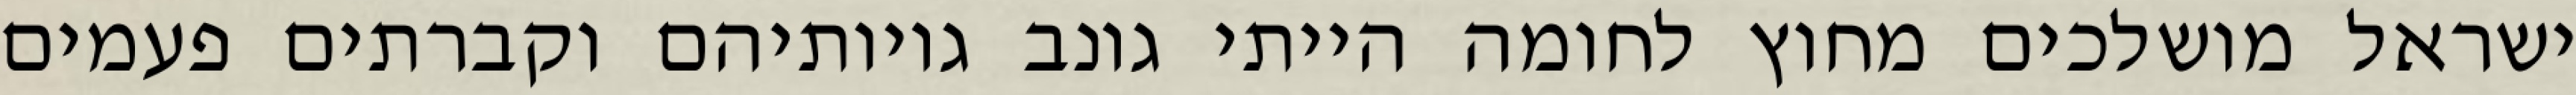
ישראל מושלכים מחוץ לחומה הייתי גונב גויותיהם וקברתים פעמים